Civil Veterinary Department Bengal reports 1933-51 - 1933-1951
Year: 1933
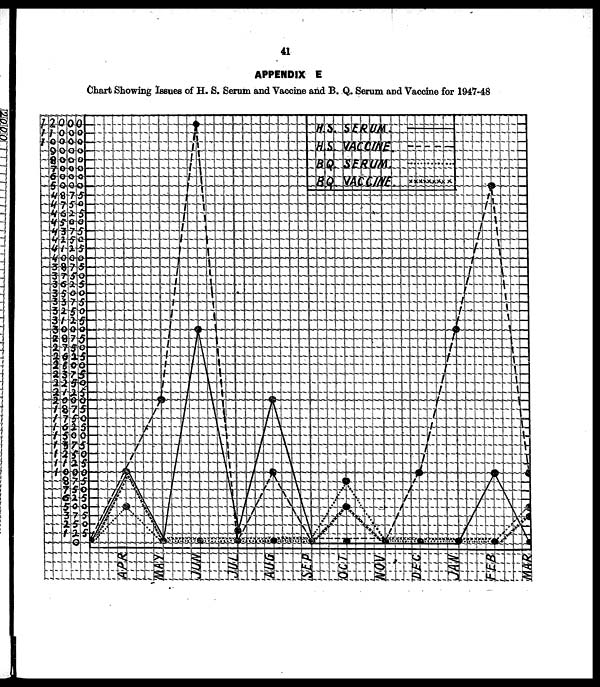
41
APPENDIX E
Chart Showing Issues of H. S. Serum and Vaccine and B. Q. Serum and Vaccine for 1947-48